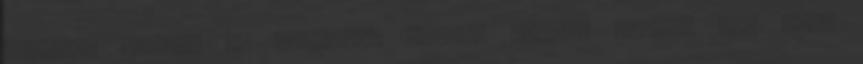
méretre vágni, de léteznek kisebb méretű táblák is, amit